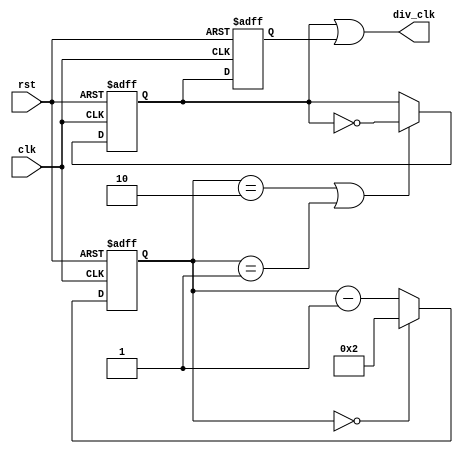
module clock_divider
#
(
    parameter [7:0] n = 3
)
(
    input  clk,
    input  rst,
    output div_clk
);

    reg [7:0] cnt;

    always @ (posedge clk or posedge rst)
        if (rst)
            cnt <= 0;
        else if (cnt == 0)
            cnt <= n - 1;
        else
            cnt <= cnt - 1;

    reg div_clk_unadjusted;

    always @ (posedge clk or posedge rst)
        if (rst)
            div_clk_unadjusted <= 0;
        else if (cnt == n - 1 || cnt == (n - 1) / 2)
            div_clk_unadjusted <= ~ div_clk_unadjusted;

    generate

        if (n % 2 == 0)
        begin
            assign div_clk = div_clk_unadjusted;
        end
        else
        begin
            reg div_clk_negedge;

            always @ (negedge clk or posedge rst)
                if (rst)
                    div_clk_negedge <= 0;
                else
                    div_clk_negedge <= div_clk_unadjusted;

            assign div_clk = div_clk_unadjusted | div_clk_negedge;
        end

    endgenerate

endmodule